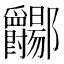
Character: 𫑲